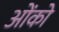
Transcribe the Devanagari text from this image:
ओंको